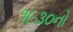
૧૯૩૦નો